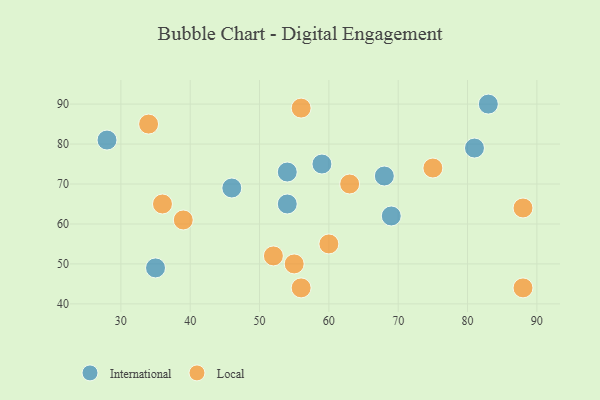
{"axis": {"x": "GDP", "y": "Life Expectancy"}, "legend": ["International", "Local"], "data": [{"x": "46", "y": 69, "type": "International"}, {"x": "69", "y": 62, "type": "International"}, {"x": "68", "y": 72, "type": "International"}, {"x": "83", "y": 90, "type": "International"}, {"x": "54", "y": 65, "type": "International"}, {"x": "54", "y": 73, "type": "International"}, {"x": "81", "y": 79, "type": "International"}, {"x": "28", "y": 81, "type": "International"}, {"x": "59", "y": 75, "type": "International"}, {"x": "35", "y": 49, "type": "International"}, {"x": "36", "y": 65, "type": "Local"}, {"x": "88", "y": 64, "type": "Local"}, {"x": "56", "y": 89, "type": "Local"}, {"x": "34", "y": 85, "type": "Local"}, {"x": "52", "y": 52, "type": "Local"}, {"x": "55", "y": 50, "type": "Local"}, {"x": "60", "y": 55, "type": "Local"}, {"x": "75", "y": 74, "type": "Local"}, {"x": "63", "y": 70, "type": "Local"}, {"x": "56", "y": 44, "type": "Local"}, {"x": "88", "y": 44, "type": "Local"}, {"x": "39", "y": 61, "type": "Local"}]}